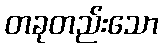
တခုတည်းသော